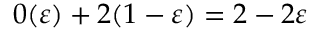
0 ( \varepsilon ) + 2 ( 1 - \varepsilon ) = 2 - 2 \varepsilon